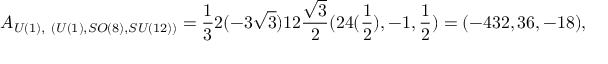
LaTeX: A _ { U ( 1 ) , ~ ( U ( 1 ) , S O ( 8 ) , S U ( 1 2 ) ) } = \frac { 1 } { 3 } 2 ( - 3 \sqrt { 3 } ) 1 2 \frac { \sqrt { 3 } } { 2 } ( 2 4 ( \frac { 1 } { 2 } ) , - 1 , \frac { 1 } { 2 } ) = ( - 4 3 2 , 3 6 , - 1 8 ) ,